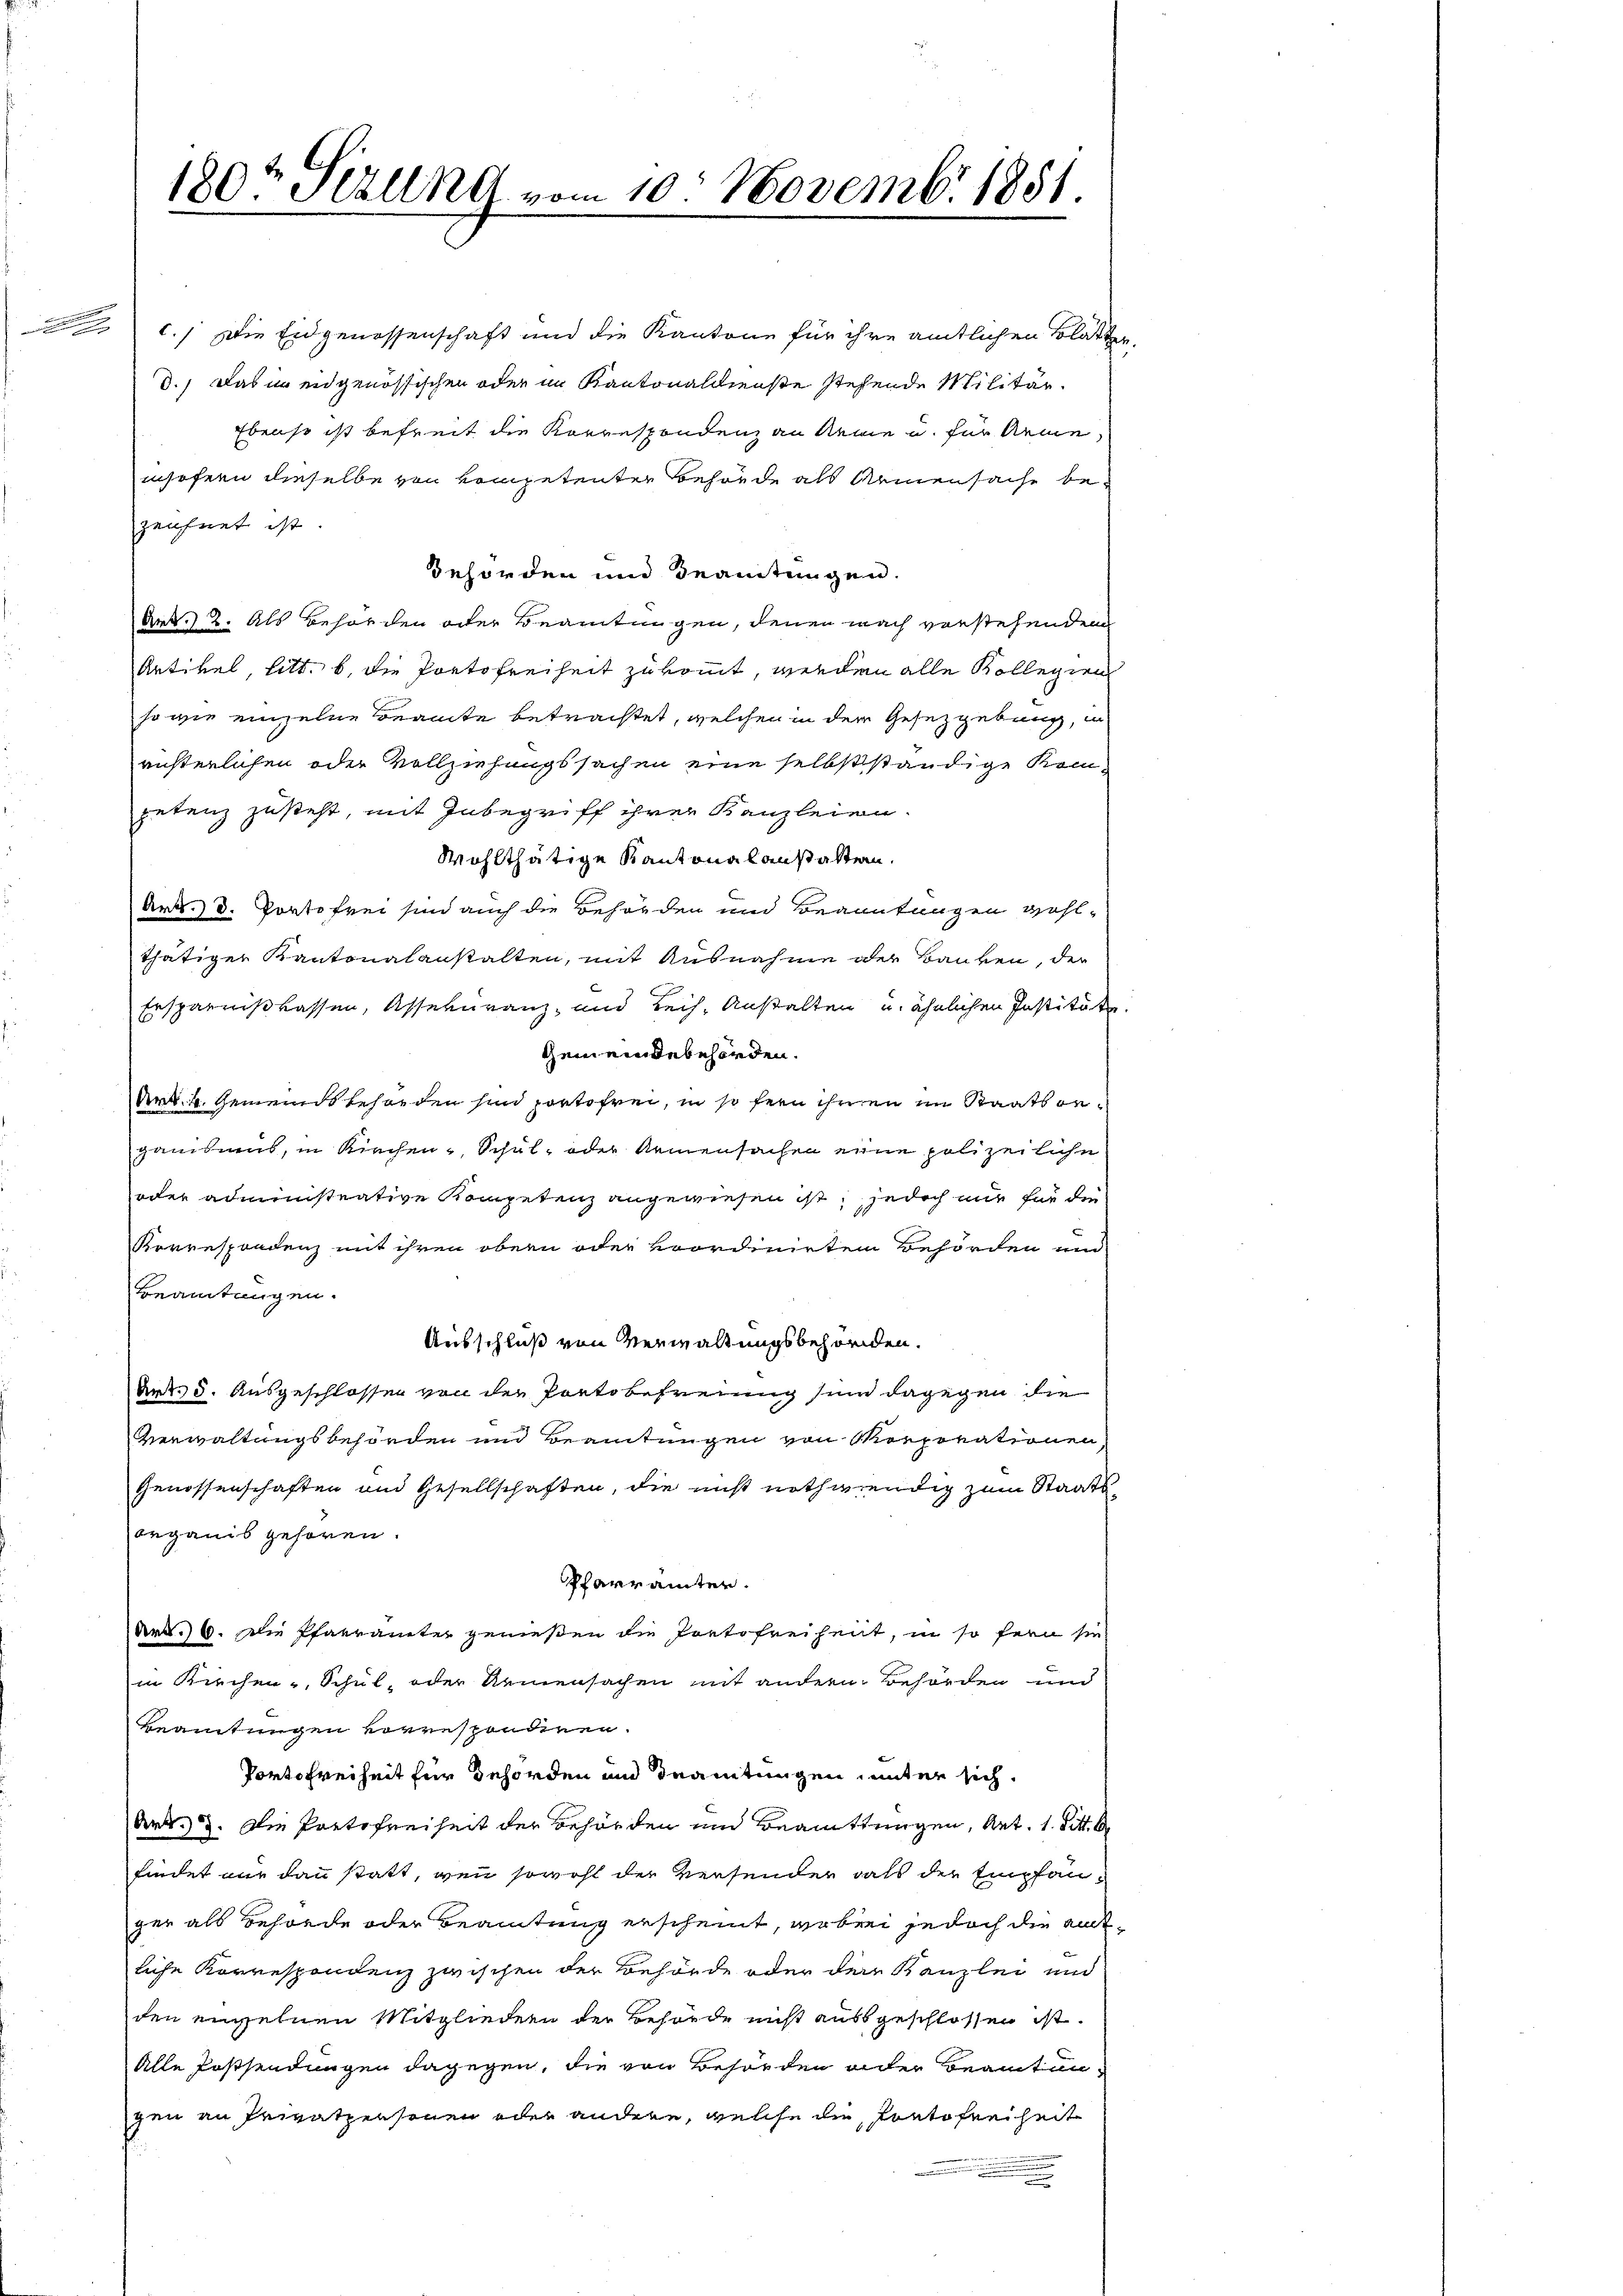
180t Serend vom 10. Novemb. 1851.

c./ Die Eidgenossenschaft und die Kantone für ihre amtlichen Blatter
d.) Das in eidgenössischen oder im Kantonaldienste stehende Militär¬
Ebenso ist befreit die Korrespondenz an keine u. für Arme
insofern dieselbe von Kompetenter Behörde als Armensache bezeichnet ist.
behörden und Beamtungen.
Art. 2. Als Behörden oder Beamtungen, denen nach vorstehenden
Artikel, litt. b. die Portofreiheit zukommt, werden alle Kollegien
so wie einzelne Beamte betrachtet, welchen in der Gesetzgebung, in
risterlichen oder Vollziehungssachen eine selbstständige Kompetenz zusteht, mit Inbegriff ihrer Kanzleien.
Wohlthätige Kantonalanstaltern.
Art. d. Portofrei sind auch die Behörden und Beamtungen wohl-
thätiger Kantonalanstalten, mit Ausnahme oder Banken, der
Ersparnißkassen, Assekuranz- und Leih, Anstalten u. ähnlichen Institute.
Gemeindebehörden.
Ark. 4. Gemeindsbehörden sind portofrei, in so fern ihren im Staatsanganismus, in Kirchen- Schul- oder Armensachen eine polizeiliche
oder administrative Kompetenz angewiesen ist, jedoch nur für die
Korrespondenz mit ihren obern oder voordinirten Behörden und
Beamtungen.
Ausschluß von Verwaltungsbehörden.
Art. 5. Ausgeschlossen von der Portobefreiung sinn dagegen die
Verwaltungsbehörden und Beamtungen von Korporationen,
Genossenschaften und Gesellschaften, die nicht nothwendig zum Staatsorganis gehören.
Pfarrämter.
der. 6. Die Pfarramter genießen die Portofreiheit, in so fern sie
in Kirchen- Schul, oder Armensachen mit andern Behörden und
Beamtungen korrespondiren.
Portofreiheit für Behörden und Beamtungen, unter sich
Art. 3. Die Portofreiheit der Behörden und Beamttungen, Art. 1. Titt. b
findet nur dann statt, wenn sowohl der versender dass der Empfanger als Behörde oder Beamtung erscheint, wobei jedoch die amtliche Korrespondenz zwischen der Behörde oder der Kanzlei und
den einzelnen Mitgliedern der Behörde nicht ausgeschlossen ist.
Alle Erstsendungen dagegen, die von Behörden oder Beamtungen an Privatpersonen oder andere, welche die Portofreiheit
.